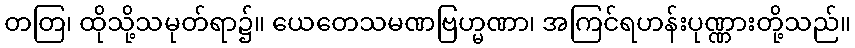
တတြ၊ ထိုသို့သမုတ်ရာ၌။ ယေတေသမဏဗြဟ္မဏာ၊ အကြင်ရဟန်းပုဏ္ဏားတို့သည်။